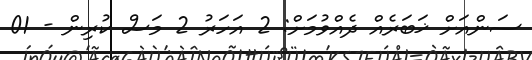
ސަންއަށް ޚަބަރެއް ދެއްވުމަށް: 2 އަހަރު 2 މަސް ކުރިން - 01